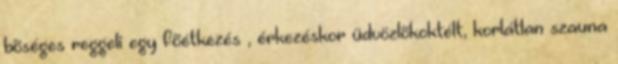
bõséges reggeli egy fõétkezés , érkezéskor üdvözlõkoktélt, korlátlan szauna